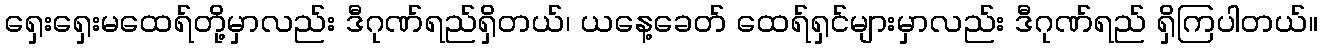
ရှေးရှေးမထေရ်တို့မှာလည်း ဒီဂုဏ်ရည်ရှိတယ်၊ ယနေ့ခေတ် ထေရ်ရှင်များမှာလည်း ဒီဂုဏ်ရည် ရှိကြပါတယ်။